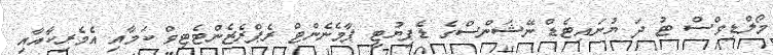
މޯލްޑިވްސް ޓު ދަ ޔުނައިޓެޑް ނޭޝަންސްގެ ޑެޕިޔުޓީ ޕާމެނެންޓް ރެޕްރެޒެންޓެޓިވް ކަމާއި އެމެރިކާއާއި